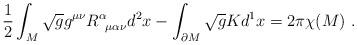
LaTeX: \begin{align*}\frac{1}{2}\int_M \sqrt{g} g^{\mu \nu} R^{\alpha}_{\;\; \mu\alpha \nu}d^2x - \int_{\partial M} \sqrt{g}K d^1x =2\pi\chi(M) \ .\end{align*}